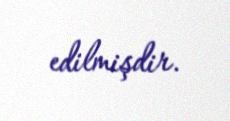
edilmişdir.